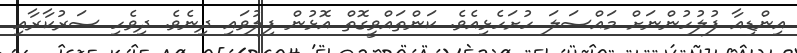
އިންޑިއާ ފުލުހުންނަށް މައްސަލަ ހުށަހެޅިއެވެ. ކަންތައްވީގޮތް އޮޅުން ފިލުވައި ދިނެވެ. ދިވެހި ސަރުކާރާއި